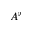
A ^ { \flat }